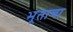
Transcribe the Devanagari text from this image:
भूताचा